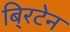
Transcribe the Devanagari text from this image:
बि्रटेन